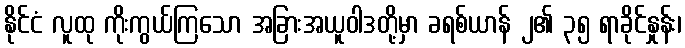
နိုင်ငံ လူထု ကိုးကွယ်ကြသော အခြားအယူဝါဒတို့မှာ ခရစ်ယာန် ၂၏ ၃၅ ရာခိုင်နှုန်း၊